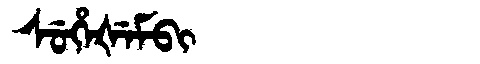
Manchu: ᠰᡠᡥᡝᡧᡝᠮᠪᡳ
Romanization: SUHEŠEMBI